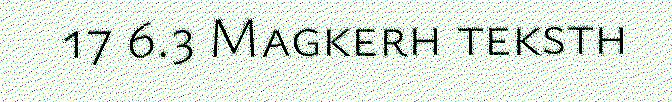
17 6.3 Magkerh teksth